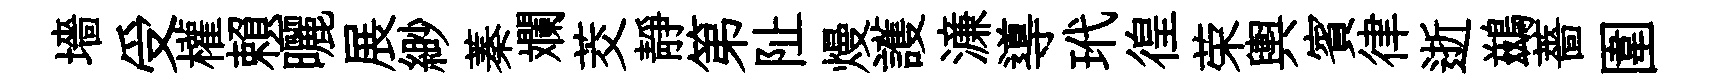
墻受權賴曬展緲蓁斕茭靜第阯熳護濓導玳徨荣輿賓律逝鷀薔圍